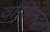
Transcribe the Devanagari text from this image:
वांशिगठन